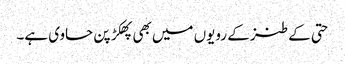
حتی کے طنز کے رویوں میں بھی پھکڑ پن حاوی ہے۔